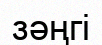
зәңгі